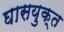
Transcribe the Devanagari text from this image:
घासयुक्त